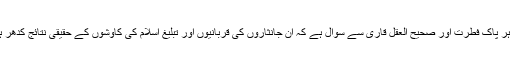
اب ہر پاک فطرت اور صحیح العقل قاری سے سوال ہے کہ ان جانثاروں کی قربانیوں اور تبلیغ اسلام کی کاوشوں کے حقیقی نتائج کدھر ہیں۔